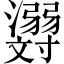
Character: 𬉪